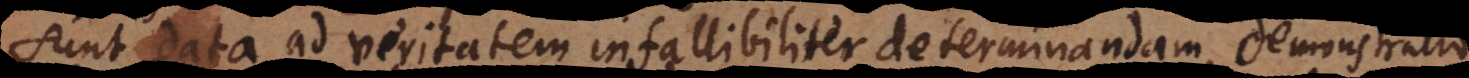
sunt data ad veritatem infallibiliter determinandam, demonstratio